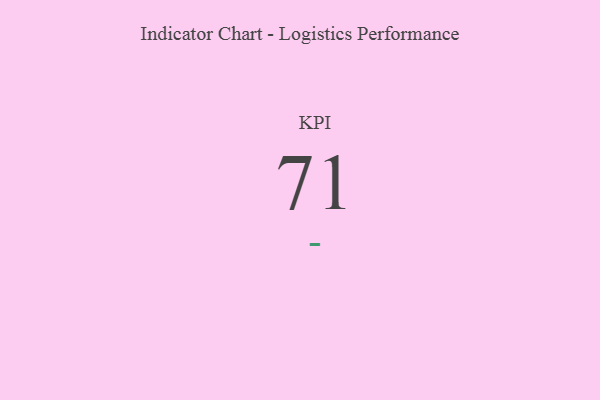
{"axis": {"x": "KPI", "y": "Value"}, "legend": [""], "data": [{"x": "KPI", "y": 71, "type": ""}]}